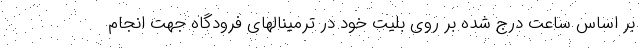
بر اساس ساعت درج شده بر روی بلیت خود در ترمینالهای فرودگاه جهت انجام